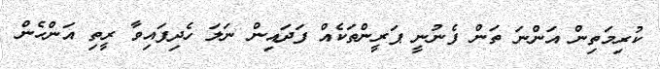
ކުރިމަތިން އަންނަ ތަން ފެނުނީ ޕަރީންތަކެއް ފަދައިން ނަލަ ހެދިފައިވާ ރީތި އަންހެން